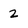
Character: 2